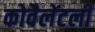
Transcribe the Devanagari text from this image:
कोवैलेंटली